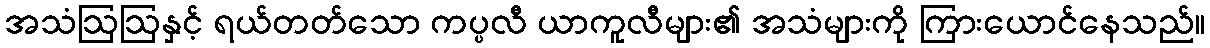
အသံဩဩနှင့် ရယ်တတ်သော ကပ္ပလီ ယာကူလီများ၏ အသံများကို ကြားယောင်နေသည်။